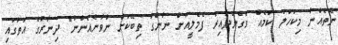
ނެތެއްނު މިކަހަލަ ކަމެއް ވެގެންދާއިރު ފެމެލީއަށް ނާންގާ ތިބޭކަށް ނުވާނެއެންނު" ދިނާރުގެ އަތުގައި